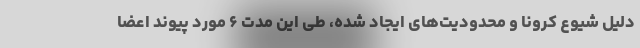
دلیل شیوع کرونا و محدودیت‌های ایجاد شده، طی این مدت ۶ مورد پیوند اعضا